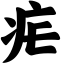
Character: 疟